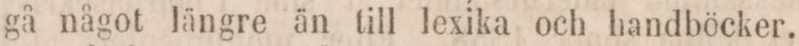
gå något längre än till lexika och handböcker.